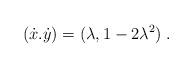
LaTeX: \begin{align*}(\dot x.\dot y)=(\lambda,1-2\lambda^2)\;.\end{align*}